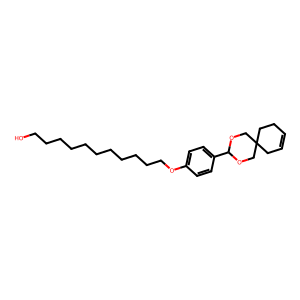
SMILES: OCCCCCCCCCCCOc1ccc(C2OCC3(CC=CCC3)CO2)cc1
Inhibits HIV replication: No